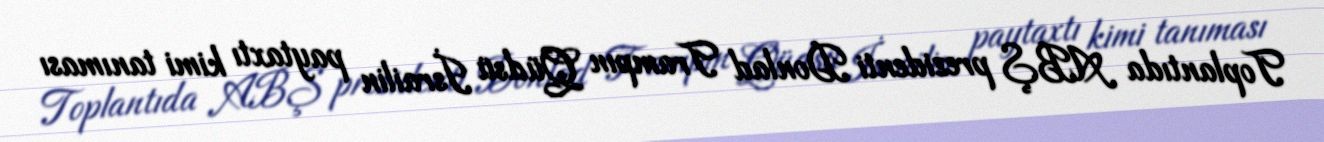
Toplantıda ABŞ prezidenti Donlad Trampın Qüdsü İsrailin paytaxtı kimi tanıması